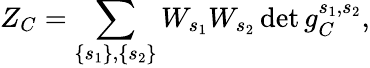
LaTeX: Z_{C}=\sum_{\left\{ s_{1}\right\} ,\left\{ s_{2}\right\} }W_{s_{1}}W_{s_{2}}\operatorname*{d\mathrm{e}t}g_{C}^{s_{1},s_{2}},